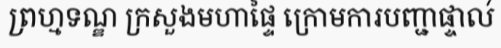
ព្រហ្មទណ្ឌ ក្រសួងមហាផ្ទៃ ក្រោមការបញ្ជាផ្ទាល់